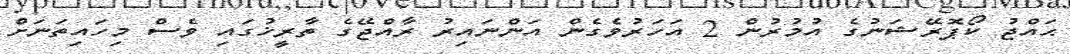
ޙައްޖު ކޯޕޮރޭޝަނުގެ އުމުރުން 2 އަހަރުވެގެން އަންނައިރު ރާއްޖޭގެ ތާރީޚުގައި ވެސް މިހައިތަނަށް